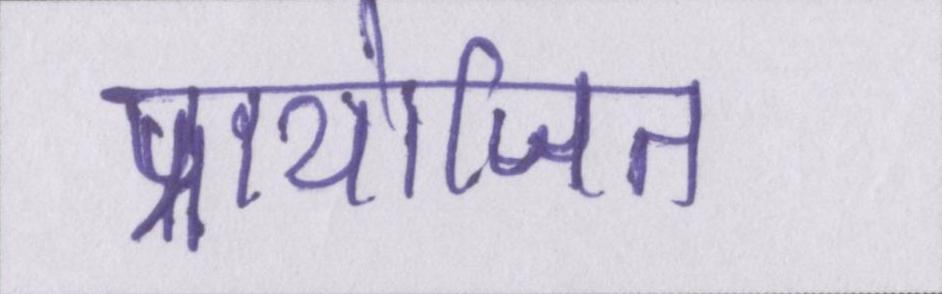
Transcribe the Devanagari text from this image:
प्रायोजित